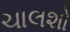
ચાલશો